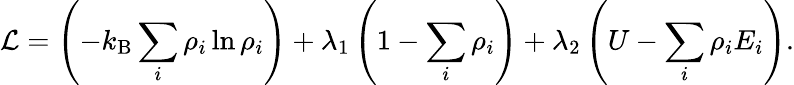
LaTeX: {\mathcal{L}}=\left(-k_{\mathrm{B}}\sum_{i}\rho_{i}\ln\rho_{i}\right)+\lambda_{1}\left(1-\sum_{i}\rho_{i}\right)+\lambda_{2}\left(U-\sum_{i}\rho_{i}E_{i}\right).